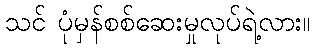
သင် ပုံမှန်စစ်ဆေးမှုလုပ်ရဲ့လား။